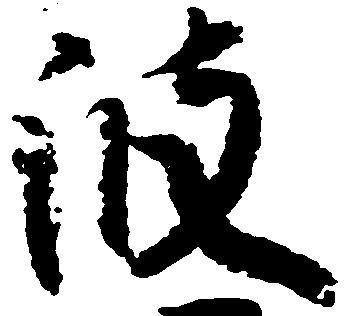
波